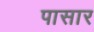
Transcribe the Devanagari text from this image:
पासार